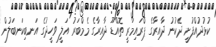
ކުޅުދުއްފުށީ ދެކުނު ދާއިރާގެ ޕްރައިމަރީ ތޮއްޑޫ ދާއިރާގެ މެމްބަރު އަލީ ވަހީދުގެ އަނބިކަނބަލުން